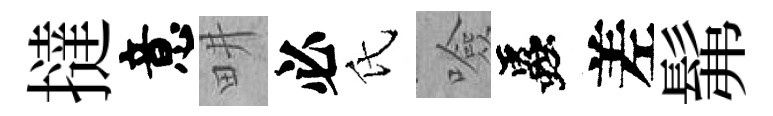
撻意畊必氏噞蟲差髴